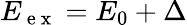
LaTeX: E_{\mathrm{~e~x~}}=E_{0}+\Delta